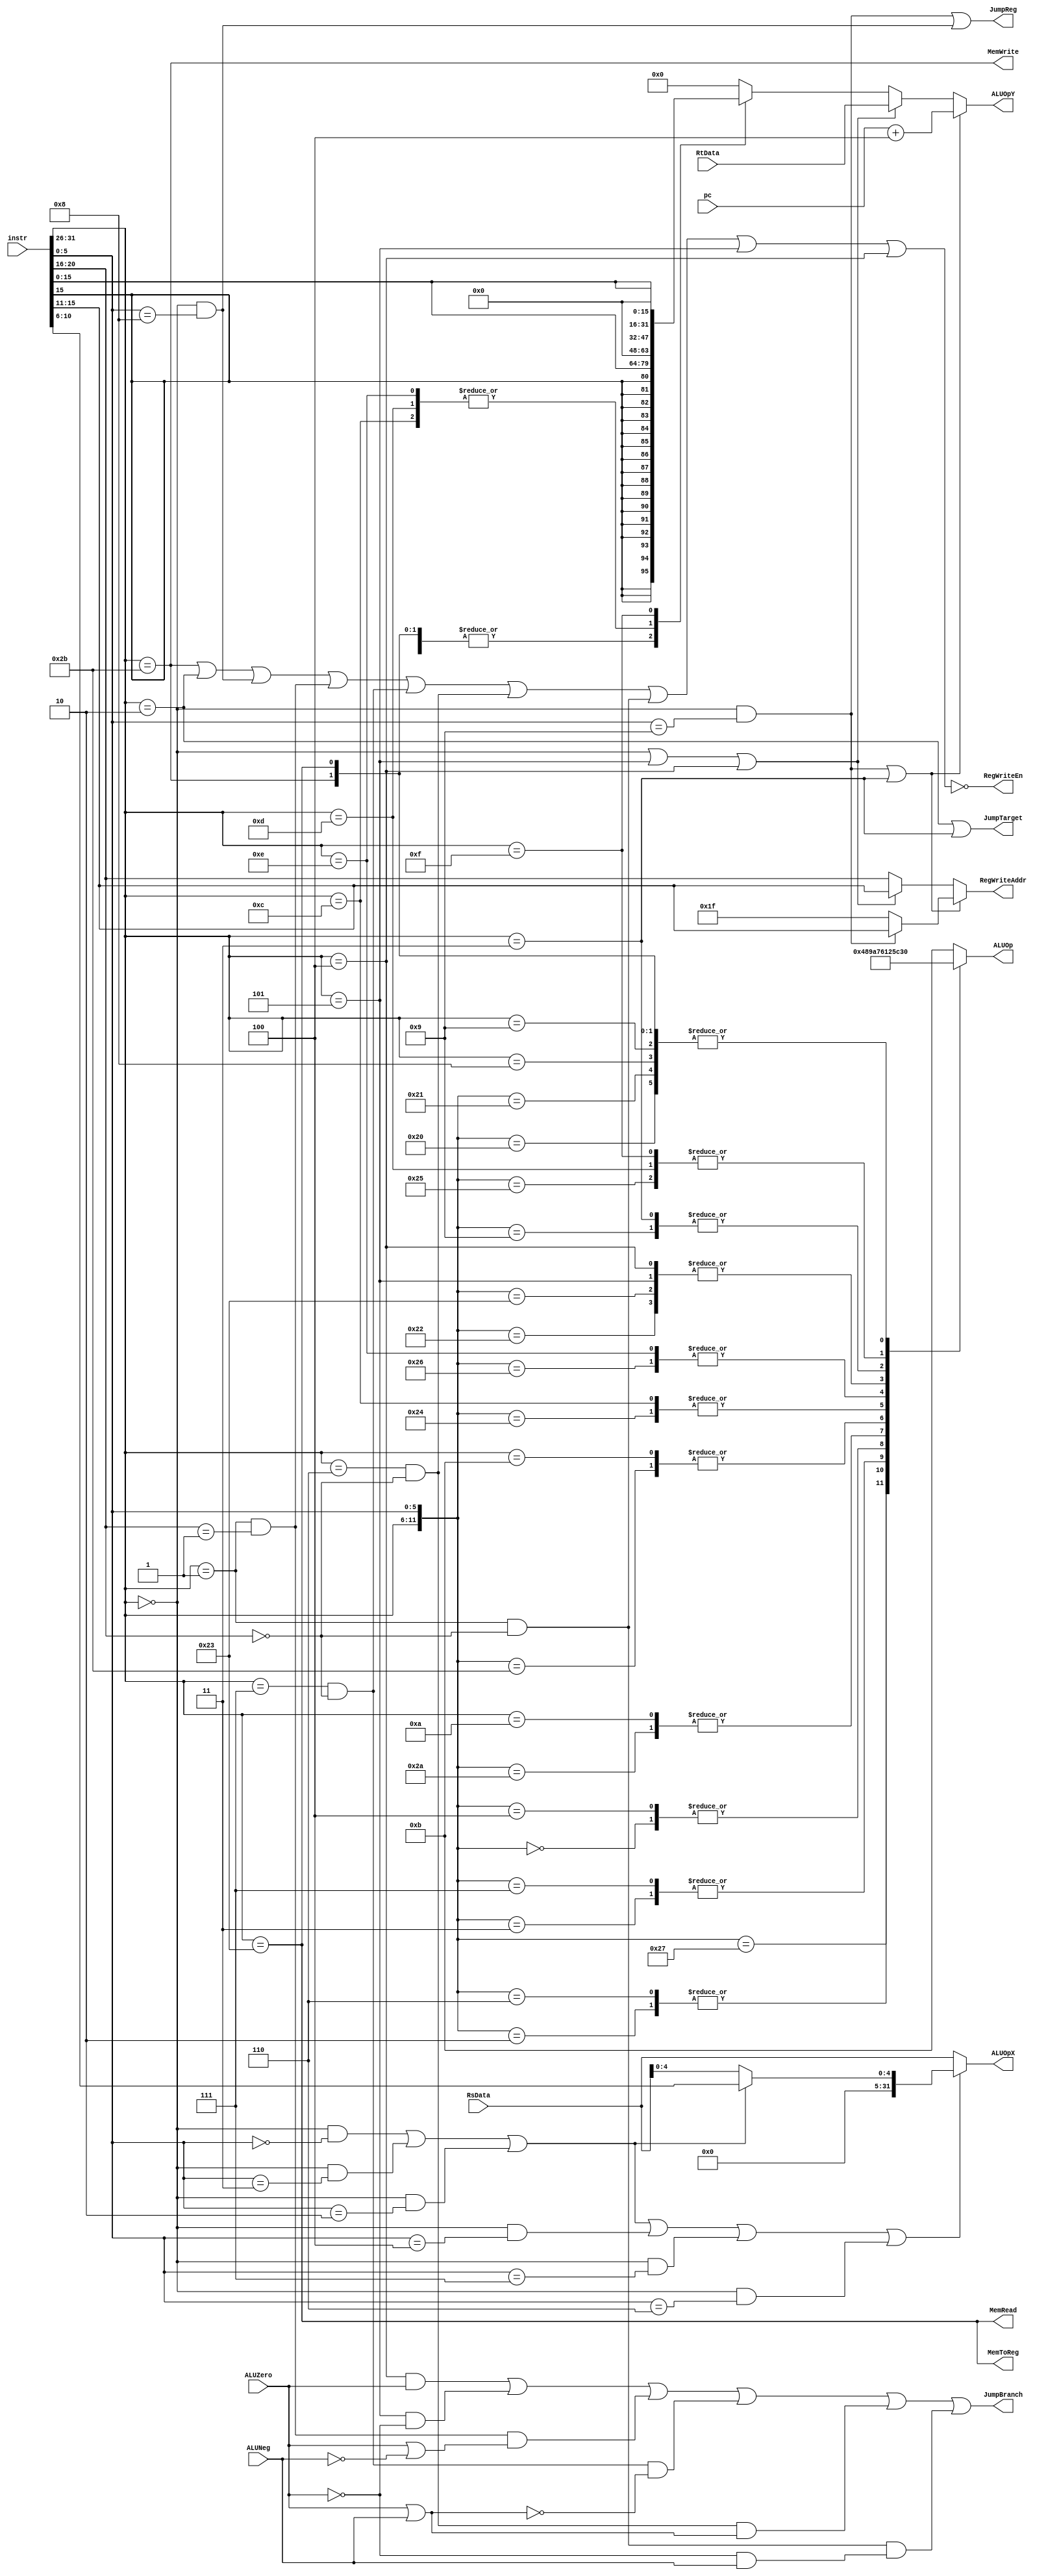
//******************************************************************************
// EE108b MIPS verilog model
//
// Decode.v
//
// - Decodes the instructions
// - branch instruction condition are also determined and whether
//   the branch PC should be used 
// - ALU instructions are decoded and sent to the ALU
//
// verilog written by Daniel L. Rosenband, MIT 10/4/99
// modified by John Kim, 3/26/03
// modified by Neil Achtman, 8/15/03
//
//******************************************************************************

module Decode(   
	// Outputs
	RegWriteAddr, JumpBranch, JumpTarget, JumpReg, ALUOp, ALUOpX, ALUOpY, MemRead, MemWrite, MemToReg, RegWriteEn,

	// Inputs
	instr, ALUZero, ALUNeg, RsData, RtData, pc
);

	input [31:0]	instr;			// current instruction
	input [31:0]	pc;				// current pc
	input [31:0]	RsData, RtData;	// data from read registers
	input		ALUZero, ALUNeg;	// whether result of ALU operation is 0 or negative

	output [4:0]	RegWriteAddr;		// which register to write back data to
	output		RegWriteEn;		// enable writing back to the register

	output		MemToReg;			// use memory output as data to write into register
	output		MemRead;			// read from memory
	output		MemWrite;			// write to memory

	output 		JumpBranch;		// branch taken, address offset specified in instruction
	output 		JumpTarget;		// jump address specified in instruction
	output 		JumpReg;			// jump address specified in register

	output [3:0]	ALUOp;			// ALU operation select
	output [31:0]	ALUOpX, ALUOpY;	// ALU operands

//******************************************************************************
// instruction field
//******************************************************************************

	`define	opfield		31:26	// 6-bit operation code
	`define	rs			25:21	// 5-bit source register specifier
	`define	rt			20:16	// 5-bit source/dest register specifier 
	`define	immediate	15:0	// 16-bit immediate, branch or address disp
	`define	rd			15:11	// 5-bit destination register specifier
	`define	safield		10:6	// 5-bit shift amount
	`define	function	5:0		// 6-bit function field

	wire [5:0]		op;
	wire [4:0]		RtAddr, RdAddr, RsAddr;
	wire [4:0]		sa;
	wire [5:0]		funct;
	wire [15:0]		immediate;
   
	assign op			= instr[`opfield];
	assign sa			= instr[`safield];
	assign RtAddr		= instr[`rt];
	assign RdAddr		= instr[`rd];
	assign RsAddr		= instr[`rs];
	assign funct		= instr[`function];
	assign immediate	= instr[`immediate];

//******************************************************************************
// branch instructions decode
//******************************************************************************

	`define BLTZ_GEZ        6'b000001
	`define BEQ             6'b000100
	`define BNE             6'b000101
	`define BLEZ            6'b000110
	`define BGTZ            6'b000111
	`define BLTZ            5'b00000
	`define BGEZ            5'b00001

	wire isBEQ, isBGEZ, isBGTZ, isBLEZ, isBLTZ, isBNE;
	
	assign isBEQ     = (op == `BEQ);
	assign isBGEZ    = (op == `BLTZ_GEZ) && (RtAddr == `BGEZ);
	assign isBGTZ    = (op == `BGTZ) && (RtAddr == 5'b00000);
	assign isBLEZ    = (op == `BLEZ) && (RtAddr == 5'b00000);
	assign isBLTZ    = (op == `BLTZ_GEZ) && (RtAddr == `BLTZ);
	assign isBNE     = (op == `BNE);

	// determine if branch is taken
	assign JumpBranch = (isBEQ & ALUZero) |
					(isBNE & ~ALUZero) |
					(isBGEZ & (ALUZero | ~ALUNeg)) |
					(isBGTZ & ~(ALUZero | ALUNeg)) |
					(isBLEZ & (ALUZero | ALUNeg)) |
					(isBLTZ & (~ALUZero & ALUNeg));

//******************************************************************************
// jump instructions decode
//******************************************************************************
	
	`define SPECIAL         6'b000000
	`define J               6'b000010
	`define JAL             6'b000011
	`define JR              6'b001000
	`define JALR            6'b001001
	
	wire isJ, isJAL, isJALR, isJR;
	wire isLink;

	assign isJ       = (op == `J);
	assign isJAL     = (op == `JAL);
	assign isJALR    = (op == `SPECIAL) && (funct == `JALR);  
	assign isJR      = (op == `SPECIAL) && (funct == `JR);

	assign JumpTarget = (isJ || isJAL);
	assign JumpReg = (isJALR || isJR);

	// determine if the next pc will need to be stored
	assign isLink = isJALR || isJAL;


//******************************************************************************
// shift instruction decode
//******************************************************************************
	
	`define SLL             6'b000000
	`define SRL             6'b000010
	`define SRA             6'b000011
	`define SLLV            6'b000100
	`define SRLV            6'b000110
	`define SRAV            6'b000111
	
	wire isSLL, isSRA, isSRL, isSLLV, isSRAV, isSRLV;
	wire isShiftImm, isShift;

	assign isSLL    = (op == `SPECIAL) && (funct == `SLL);
	assign isSRA    = (op == `SPECIAL) && (funct == `SRA);
	assign isSRL    = (op == `SPECIAL) && (funct == `SRL);
	assign isSLLV	= (op == `SPECIAL) && (funct == `SLLV);
	assign isSRAV	= (op == `SPECIAL) && (funct == `SRAV);
	assign isSRLV	= (op == `SPECIAL) && (funct == `SRLV);
	
	assign isShiftImm = isSLL || isSRA || isSRL;
	assign isShift = isShiftImm || isSLLV || isSRAV || isSRLV;
		
//******************************************************************************
// ALU instructions decode / control signal for ALU datapath
//******************************************************************************
	
	`define ADDI            6'b001000
	`define ADDIU           6'b001001
	`define SLTI            6'b001010
	`define SLTIU           6'b001011
	`define ANDI            6'b001100
	`define ORI             6'b001101
	`define XORI            6'b001110
	`define LUI             6'b001111
	`define LW              6'b100011
	`define SW              6'b101011
	`define ADD             6'b100000
	`define ADDU            6'b100001
	`define SUB             6'b100010
	`define SUBU            6'b100011
	`define AND             6'b100100
	`define OR              6'b100101
	`define XOR             6'b100110
	`define NOR             6'b100111
	`define SLT             6'b101010
	`define SLTU            6'b101011
	
	`define	select_alu_add		4'b0000
	`define	select_alu_and		4'b0001
	`define	select_alu_xor		4'b0010
	`define	select_alu_or		4'b0011
	`define	select_alu_nor		4'b0100
	`define	select_alu_sub		4'b0101
	`define	select_alu_sltu		4'b0110
	`define	select_alu_slt		4'b0111
	`define	select_alu_srl		4'b1000
	`define	select_alu_sra		4'b1001
	`define	select_alu_sll		4'b1010
	`define select_alu_passa	4'b1011
	`define	select_alu_passb	4'b1100

	`define	dc6		6'bxxxxxx
	
	reg [3:0] ALUOp;
	
	always @(op or funct) begin
		casex({op, funct})
			{`SPECIAL,	`ADD	}:	ALUOp = `select_alu_add;
			{`SPECIAL,	`ADDU}:	ALUOp = `select_alu_add;
			{`SPECIAL,	`SUB	}:	ALUOp = `select_alu_sub;
			{`SPECIAL,	`SUBU}:	ALUOp = `select_alu_sub;
			{`SPECIAL,	`SLT	}:	ALUOp = `select_alu_slt;
			{`SPECIAL,	`SLTU}:	ALUOp = `select_alu_sltu;
			{`SPECIAL,	`AND	}:	ALUOp = `select_alu_and;
			{`SPECIAL,	`OR	}:	ALUOp = `select_alu_or;
			{`SPECIAL,	`XOR	}:	ALUOp = `select_alu_xor;
			{`SPECIAL,	`NOR	}:	ALUOp = `select_alu_nor;
			{`SPECIAL,	`SRL	}:	ALUOp = `select_alu_srl;
			{`SPECIAL,	`SRA	}:	ALUOp = `select_alu_sra;
			{`SPECIAL,	`SLL	}:	ALUOp = `select_alu_sll;
			{`SPECIAL,	`SRLV}:	ALUOp = `select_alu_srl;
			{`SPECIAL,	`SRAV}:	ALUOp = `select_alu_sra;
			{`SPECIAL,	`SLLV}:	ALUOp = `select_alu_sll;

			{`ADDI,		`dc6	}:	ALUOp = `select_alu_add;
			{`ADDIU,		`dc6	}:	ALUOp = `select_alu_add;
			{`SLTI,		`dc6	}:	ALUOp = `select_alu_slt;
			{`SLTIU,		`dc6	}:	ALUOp = `select_alu_sltu;
			{`ANDI,		`dc6	}:	ALUOp = `select_alu_and;
			{`ORI,		`dc6	}:	ALUOp = `select_alu_or;
			{`XORI,		`dc6	}:	ALUOp = `select_alu_xor;
			
			// compare rs data to 0, only care about 1 operand
			{`BGTZ,		`dc6	}:	ALUOp = `select_alu_passa;
			{`BLEZ,		`dc6	}:	ALUOp = `select_alu_passa;
			{`BLTZ_GEZ,	`dc6	}:	ALUOp = `select_alu_passa;

			// compare rs to rt, find the difference
			{`BNE,		`dc6	}:	ALUOp = `select_alu_sub;
			{`BEQ,		`dc6	}:	ALUOp = `select_alu_sub;

			// pass link address to be stored in $ra
			{`JAL,		`dc6	}:	ALUOp = `select_alu_passb;
			{`SPECIAL,	`JALR}:	ALUOp = `select_alu_passb;

			// or immediate with 0
			{`LUI,		`dc6	}:	ALUOp = `select_alu_or;

			// add rs, offset to get memory address
			{`LW,		`dc6	}:	ALUOp = `select_alu_add;
			{`SW,		`dc6	}:	ALUOp = `select_alu_add;

			default:				ALUOp = `select_alu_passa;
		endcase
	end

//******************************************************************************
// Compute value for 32 bit immediate data
//******************************************************************************
	reg [31:0] Imm;
	
	always @(op or immediate) begin
		casex(op)
			// Sign extend for memory access operations
			`LW     : Imm = {{16{immediate[15]}}, immediate[15:0]};                 
			`SW     : Imm = {{16{immediate[15]}}, immediate[15:0]};

			// ALU Operations that sign extend immediate
			`ADDI   : Imm = {{16{immediate[15]}}, immediate[15:0]};                 
			`ADDIU  : Imm = {{16{immediate[15]}}, immediate[15:0]};
			`SLTI   : Imm = {{16{immediate[15]}}, immediate[15:0]};
			`SLTIU  : Imm = {{16{immediate[15]}}, immediate[15:0]};

			// ALU Operations that zero extend immediate
			`ANDI   : Imm = {16'b0, immediate[15:0]};                                
			`ORI    : Imm = {16'b0, immediate[15:0]};
			`XORI   : Imm = {16'b0, immediate[15:0]};

			// LUI fills low order bits with zeros
			`LUI    : Imm = {immediate[15:0], 16'b0};                                
 
			default : Imm = 32'b0;
		endcase
	end

//******************************************************************************
// Determine ALU inputs and register writeback address
//******************************************************************************
	reg [31:0]	ALUOpX, ALUOpY;
	reg [4:0]		RegWriteAddr;

	// for shift operations, use either shamt field or lower 5 bits of rs
	// otherwise use rs
			
	always @(RsData or sa or isShift or isShiftImm) begin
		if (isShift)
			ALUOpX = {27'b0, (isShiftImm) ? sa : RsData[4:0]};
		else
			ALUOpX = RsData;
	end
	
	// for link operations, use next pc (current pc + 4)
	// for immediate operations, use Imm
	// otherwise use rt
	
	always @(isLink or pc or isJALR or RdAddr or op or isBNE or isBEQ or RtData or Imm or RtAddr) begin
		if (isLink) begin
			ALUOpY = pc + 3'h4;
			RegWriteAddr = (isJALR) ? RdAddr : 5'b11111;
		end else if ((op == `SPECIAL) || isBNE || isBEQ) begin
			ALUOpY = RtData;
			RegWriteAddr = RdAddr;
		end else begin
			ALUOpY = Imm;
			RegWriteAddr = RtAddr;
		end
	end

	// determine when to write back to a register (any operation that isn't a branch, jump, or store)
	
	assign RegWriteEn = ~((op == `SW) || isJ || isJR || isBGEZ ||
					isBGTZ || isBLEZ || isBLTZ || isBNE || isBEQ);
	
//******************************************************************************
// Memory control
//******************************************************************************

	assign MemWrite = (op == `SW);		// write to memory
	assign MemRead = (instr[31:26] == 6'h23);// read from memory
	assign MemToReg = (op == `LW);		// use memory data for writing to register

endmodule